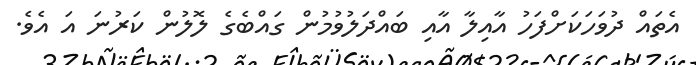
އެތައް ދުވަހަކަށްފަހު އާއިލާ އާއި ބައްދަލުވުމުން ގައްބެގެ ލޮލުން ކަރުނަ އަ އެވެ.